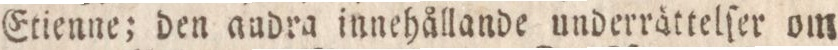
Etienne; den andra innehållande underrättelſer om